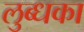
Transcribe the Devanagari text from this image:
लुब्धका